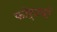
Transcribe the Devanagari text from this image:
फोर्टवो